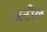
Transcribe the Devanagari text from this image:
अटौल